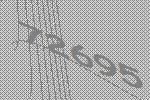
72695